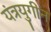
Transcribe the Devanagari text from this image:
यंत्रयुगीन